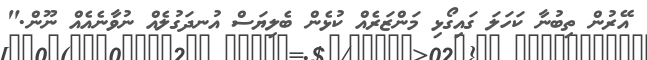
އޭރުން ތިބުނާ ކަހަލަ ގައިގޯޅި މަންޒަރެއް ކުޅެން ބެލިޔަސް އުނދަގުލެއް ނުވާނެއެއް ނޫން."